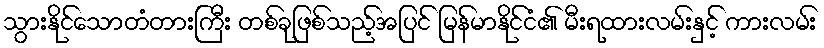
သွားနိုင်သောတံတားကြီး တစ်ခုဖြစ်သည့်အပြင် မြန်မာနိုင်ငံ၏ မီးရထားလမ်းနှင့် ကားလမ်း